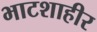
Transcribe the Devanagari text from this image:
भाटशाहीर